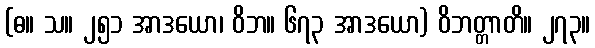
(ဓ။ သ။ ၂၅၁ အာဒယော၊ ဝိဘ။ ၆၇၃ အာဒယော) ဝိဘတ္တာတိ။ ၂၇၃။